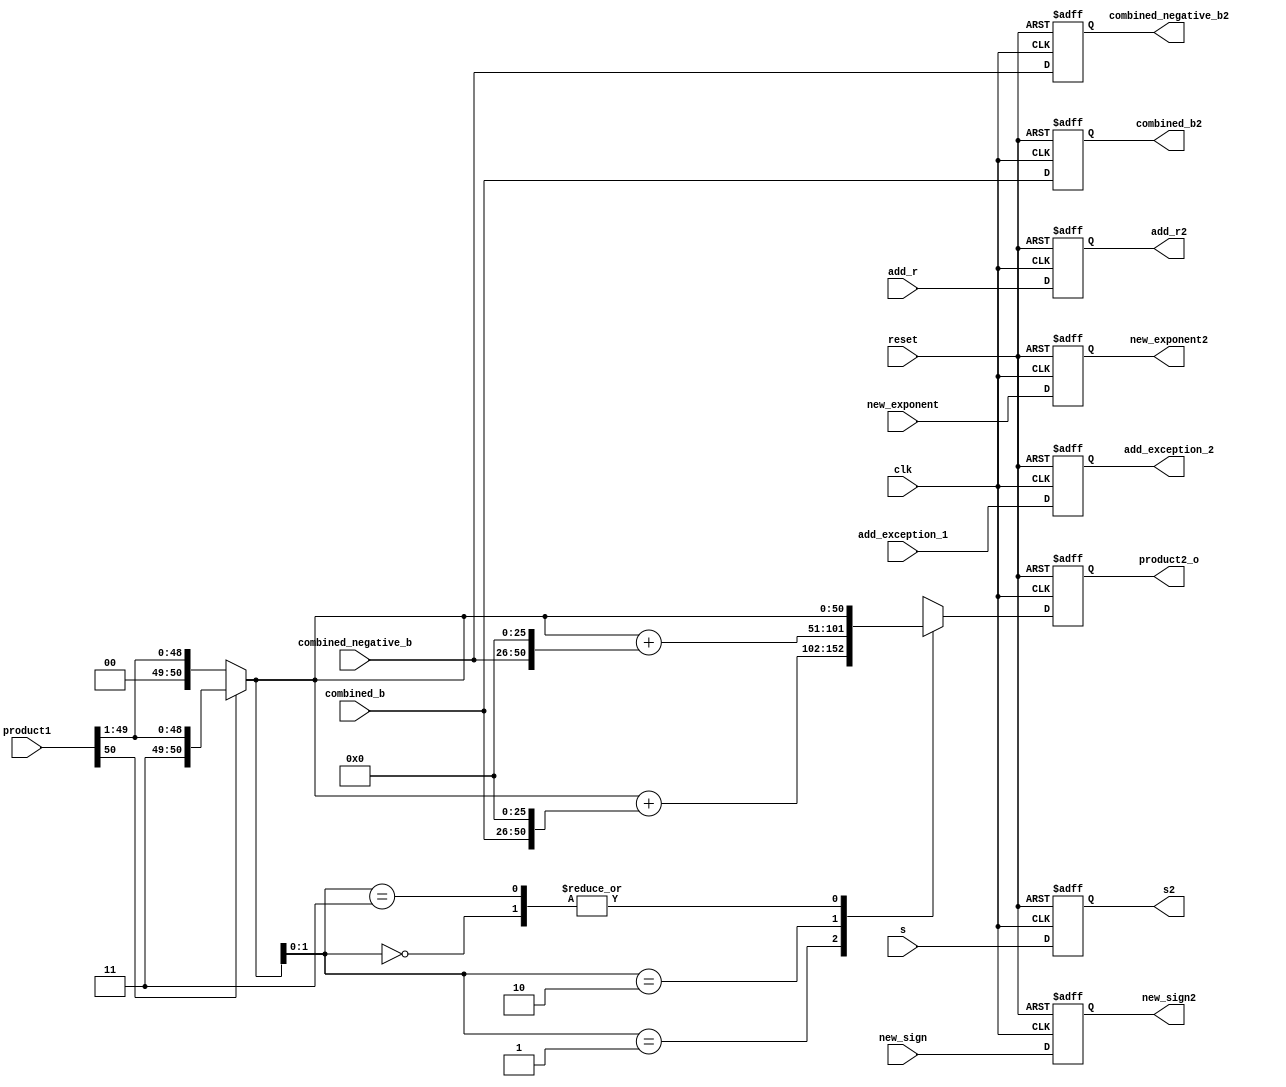
module booth6(clk, reset, product1 ,combined_b, combined_negative_b, product2_o,combined_b2, combined_negative_b2,new_exponent,new_exponent2,new_sign,new_sign2,add_r,add_exception_1,add_r2,add_exception_2,s,s2); 

input [8:0]new_exponent;
output reg [8:0] new_exponent2;
input [24:0]combined_b, combined_negative_b;
output reg [50:0] product2_o;
input [50:0] product1;
input clk, reset;
output reg[24:0]combined_b2, combined_negative_b2;
input s;

output reg s2;

reg [51:0] product_temp3;
reg [50:0] product2,product_shift,product_temp2;

input new_sign;
output reg new_sign2;

input [31:0]add_r;
input add_exception_1;

output reg [31:0] add_r2;
output reg add_exception_2;


always@(posedge clk or negedge reset)
begin
	if(!reset)
		begin
		product2_o <= 50'b0;
		combined_b2 <= 25'b0;
		combined_negative_b2 <= 25'b0;
		new_exponent2 <= 8'b0;
		new_sign2<= 1'b0;
		add_r2 <= 32'b0;
		add_exception_2 <= 1'b0;
		s2 <=0;
		end
	else
		begin
		product2_o <= product2;
		combined_b2 <= combined_b;
		combined_negative_b2 <= combined_negative_b;
		new_exponent2 <= new_exponent;
		new_sign2<=new_sign;
		add_r2 <= add_r;
		add_exception_2 <= add_exception_1;
		s2 <=s;
		end
end

always@(*)
begin
	
	if(product1[50] == 1'b1)
   product_shift[50:0]= {1'b1, product1[50:1]};
	else if(product1[50] == 1'b0)
	product_shift[50:0] = {1'b0, product1[50:1]};
	else
	product_shift[50:0] = 50'b0;
	
end

 always@(*)
begin

 case(product_shift[1:0])
 
 
 
 2'b00: begin
	
	product2 = product_shift;
	product_temp2 =  50'b0;
		product_temp3 = 52'b0;
	end
	
	2'b01:  begin
		
		product_temp2 = {combined_b, 26'b0};
		product_temp3 = product_shift + product_temp2;
		product2 = product_temp3[50:0];
		end
		
	2'b10: 	begin

		product_temp2 = {combined_negative_b, 26'b0};
		product_temp3 = product_shift + product_temp2;
		product2 = product_temp3[50:0];
		end
		
		2'b11: begin
	
	product2 = product_shift;
	product_temp2 =  50'b0;
		product_temp3 = 52'b0;
	end
	
	endcase
	

end

endmodule